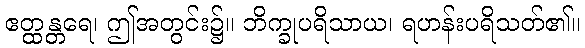
ဧတ္ထန္တရေ၊ ဤအတွင်း၌။ ဘိက္ခုပရိသာယ၊ ရဟန်းပရိသတ်၏။